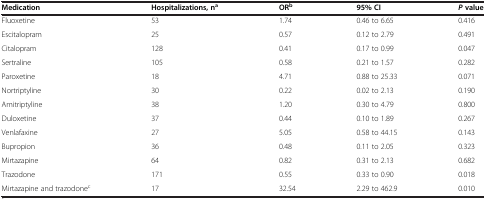
<table><thead><tr><td><b>Medication</b></td><td><b>Hospitalizations, n<sup>a</sup></b></td><td><b>OR<sup>b</sup></b></td><td><b>95% CI</b></td><td><b><i>P </i>value</b></td></tr></thead><tbody><tr><td>Fluoxetine</td><td>53</td><td>1.74</td><td>0.46 to 6.65</td><td>0.416</td></tr><tr><td>Escitalopram</td><td>25</td><td>0.57</td><td>0.12 to 2.79</td><td>0.491</td></tr><tr><td>Citalopram</td><td>128</td><td>0.41</td><td>0.17 to 0.99</td><td>0.047</td></tr><tr><td>Sertraline</td><td>105</td><td>0.58</td><td>0.21 to 1.57</td><td>0.282</td></tr><tr><td>Paroxetine</td><td>18</td><td>4.71</td><td>0.88 to 25.33</td><td>0.071</td></tr><tr><td>Nortriptyline</td><td>30</td><td>0.22</td><td>0.02 to 2.13</td><td>0.190</td></tr><tr><td>Amitriptyline</td><td>38</td><td>1.20</td><td>0.30 to 4.79</td><td>0.800</td></tr><tr><td>Duloxetine</td><td>37</td><td>0.44</td><td>0.10 to 1.89</td><td>0.267</td></tr><tr><td>Venlafaxine</td><td>27</td><td>5.05</td><td>0.58 to 44.15</td><td>0.143</td></tr><tr><td>Bupropion</td><td>36</td><td>0.48</td><td>0.11 to 2.05</td><td>0.323</td></tr><tr><td>Mirtazapine</td><td>64</td><td>0.82</td><td>0.31 to 2.13</td><td>0.682</td></tr><tr><td>Trazodone</td><td>171</td><td>0.55</td><td>0.33 to 0.90</td><td>0.018</td></tr><tr><td>Mirtazapine and trazodone<sup>c</sup></td><td>17</td><td>32.54</td><td>2.29 to 462.9</td><td>0.010</td></tr></tbody></table>